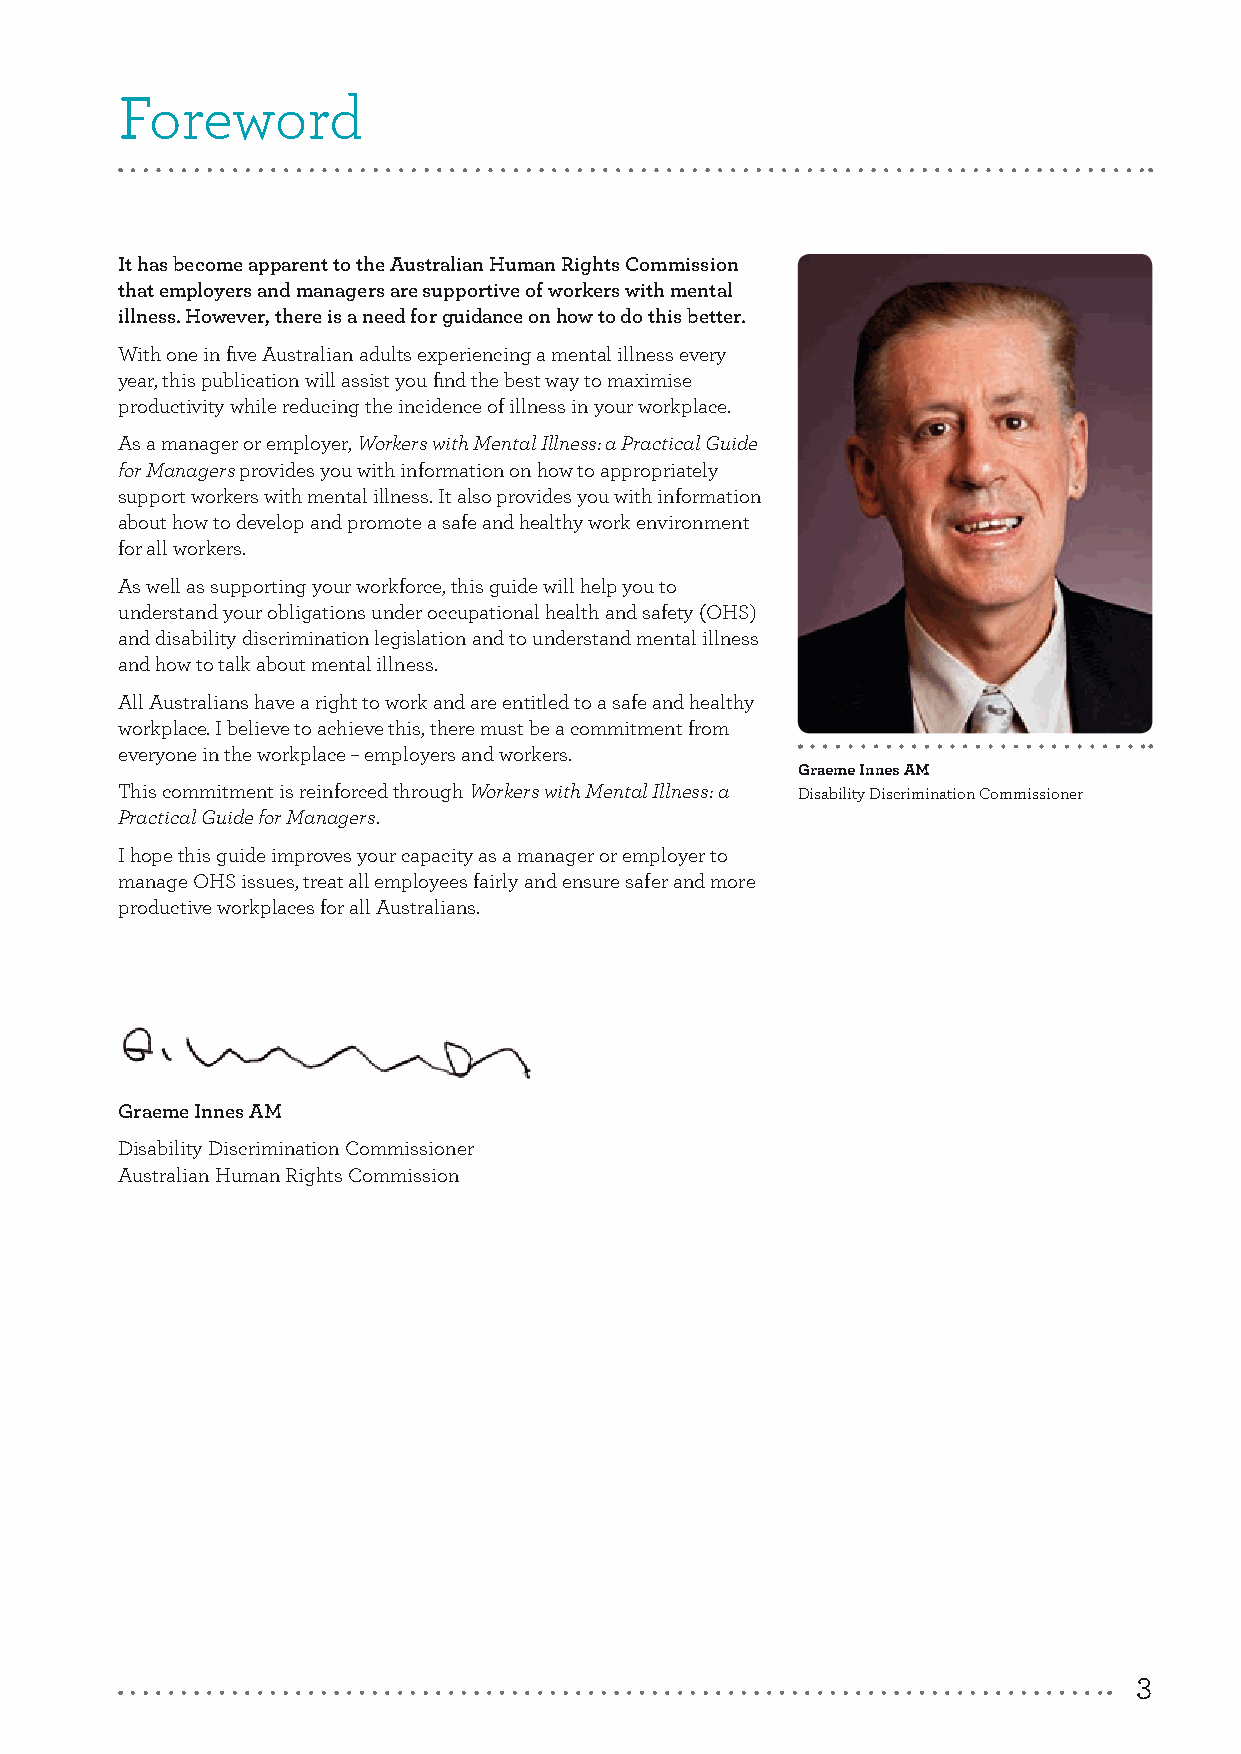
Foreword
 It has become apparent to the Australian Human Rights Commission
 that employers and managers are supportive of workers with mental
 illness. However, there is a need for guidance on how to do this better.
 With one in five Australian adults experiencing a mental illness every
 year, this publication will assist you find the best way to maximise
 productivity while reducing the incidence of illness in your workplace.
 As a manager or employer, Workers with Mental Illness: a Practical Guide
 for Managers provides you with information on how to appropriately
 support workers with mental illness. It also provides you with information
 about how to develop and promote a safe and healthy work environment
 for all workers.
 As well as supporting your workforce, this guide will help you to
 understand your obligations under occupational health and safety (OHS)
 and disability discrimination legislation and to understand mental illness
 and how to talk about mental illness.
 All Australians have a right to work and are entitled to a safe and healthy
 workplace. I believe to achieve this, there must be a commitment from
 everyone in the workplace – employers and workers.
 Graeme Innes AM
 This commitment is reinforced through Workers with Mental Illness: a Disability Discrimination Commissioner
 Practical Guide for Managers.
 I hope this guide improves your capacity as a manager or employer to
 manage OHS issues, treat all employees fairly and ensure safer and more
 productive workplaces for all Australians.
 Graeme Innes AM
 Disability Discrimination Commissioner
 Australian Human Rights Commission
 3